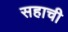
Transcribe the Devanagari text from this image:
सहाची